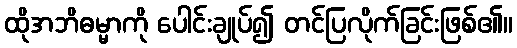
ထိုအဘိဓမ္မာကို ပေါင်းချုပ်၍ တင်ပြလိုက်ခြင်းဖြစ်၏။